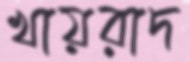
খায়রাদ